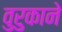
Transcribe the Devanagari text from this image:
वुरुकाने